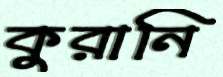
কুরানি